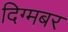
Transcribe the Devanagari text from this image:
दिग्मबर